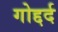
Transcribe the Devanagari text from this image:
गोद्दर्द